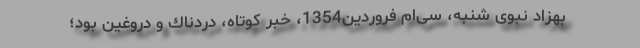
‌ بهزاد نبوی شنبه، سی‌ام فروردین1354، خبر كوتاه، دردناك و دروغین بود؛